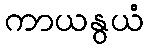
ကာယနွယံ